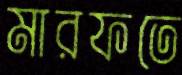
মারফতে